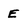
Character: E